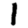
Digit: 1